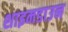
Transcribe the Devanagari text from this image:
शाइनडाउन